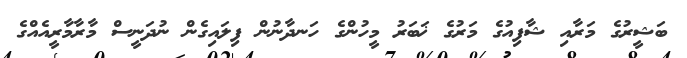
ބަޝީރުގެ މަރާއި ޝާފިއުގެ މަރުގެ ޚަބަރު މީހުންގެ ހަނދާނުން ފިލައިގެން ނުދަނީސް މާރާމާރީއެއްގެ